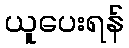
ယူပေးရန်